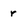
Character: r